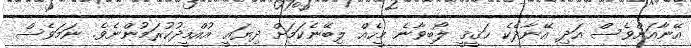
އޭނާއަށްވެސް އަދި އޭނާދެކެ ޙަޤީޤީ ލޯބިވާނެ މީހެއް ލިބޭނެކަމަށް ދިޔައީ އުއްމީދުކުރަމުންނެވެ. ނަަމަވެސް